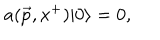
LaTeX: a ( \vec { p } , x ^ { + } ) \vert 0 \rangle = 0 ,